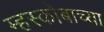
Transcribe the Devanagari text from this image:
म्हस्कोबाच्या